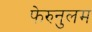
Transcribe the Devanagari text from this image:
फेरुनुलम